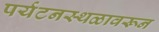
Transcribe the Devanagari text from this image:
पर्यटनस्थळावरून